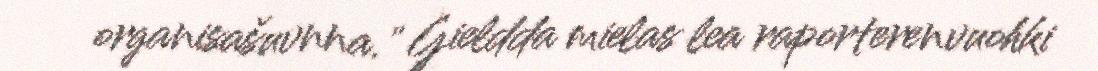
organisašuvnna." Gieldda mielas lea raporterenvuohki